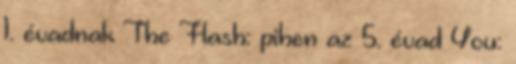
1. évadnak The Flash: pihen az 5. évad You: